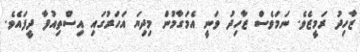
ޒާހިދު ރަމީޒެވެ. ނަމަވެސް ޒާހިދު ވަނީ އެމަގާމުން މިދިޔަ އަހަރުގައި އިސްތިއުފާ ދީފައެވެ.